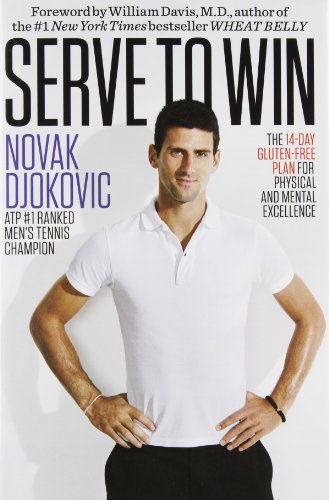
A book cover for Serve to Win: The 14-Day Gluten-Free Plan for Physical and Mental Excellence; Novak Djokovic; Cookbooks, Food & Wine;